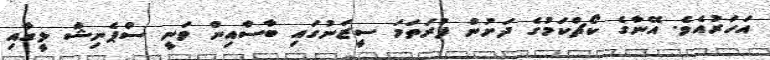
އަހަރުއެވެ. އޭނާގެ ކޯޗްކަމުގެ ދަށުން ފުރަތަމަ ސީޒަނުގައި ބާސާއިން ވަނީ ސްޕެނިޝް ލީގާއި